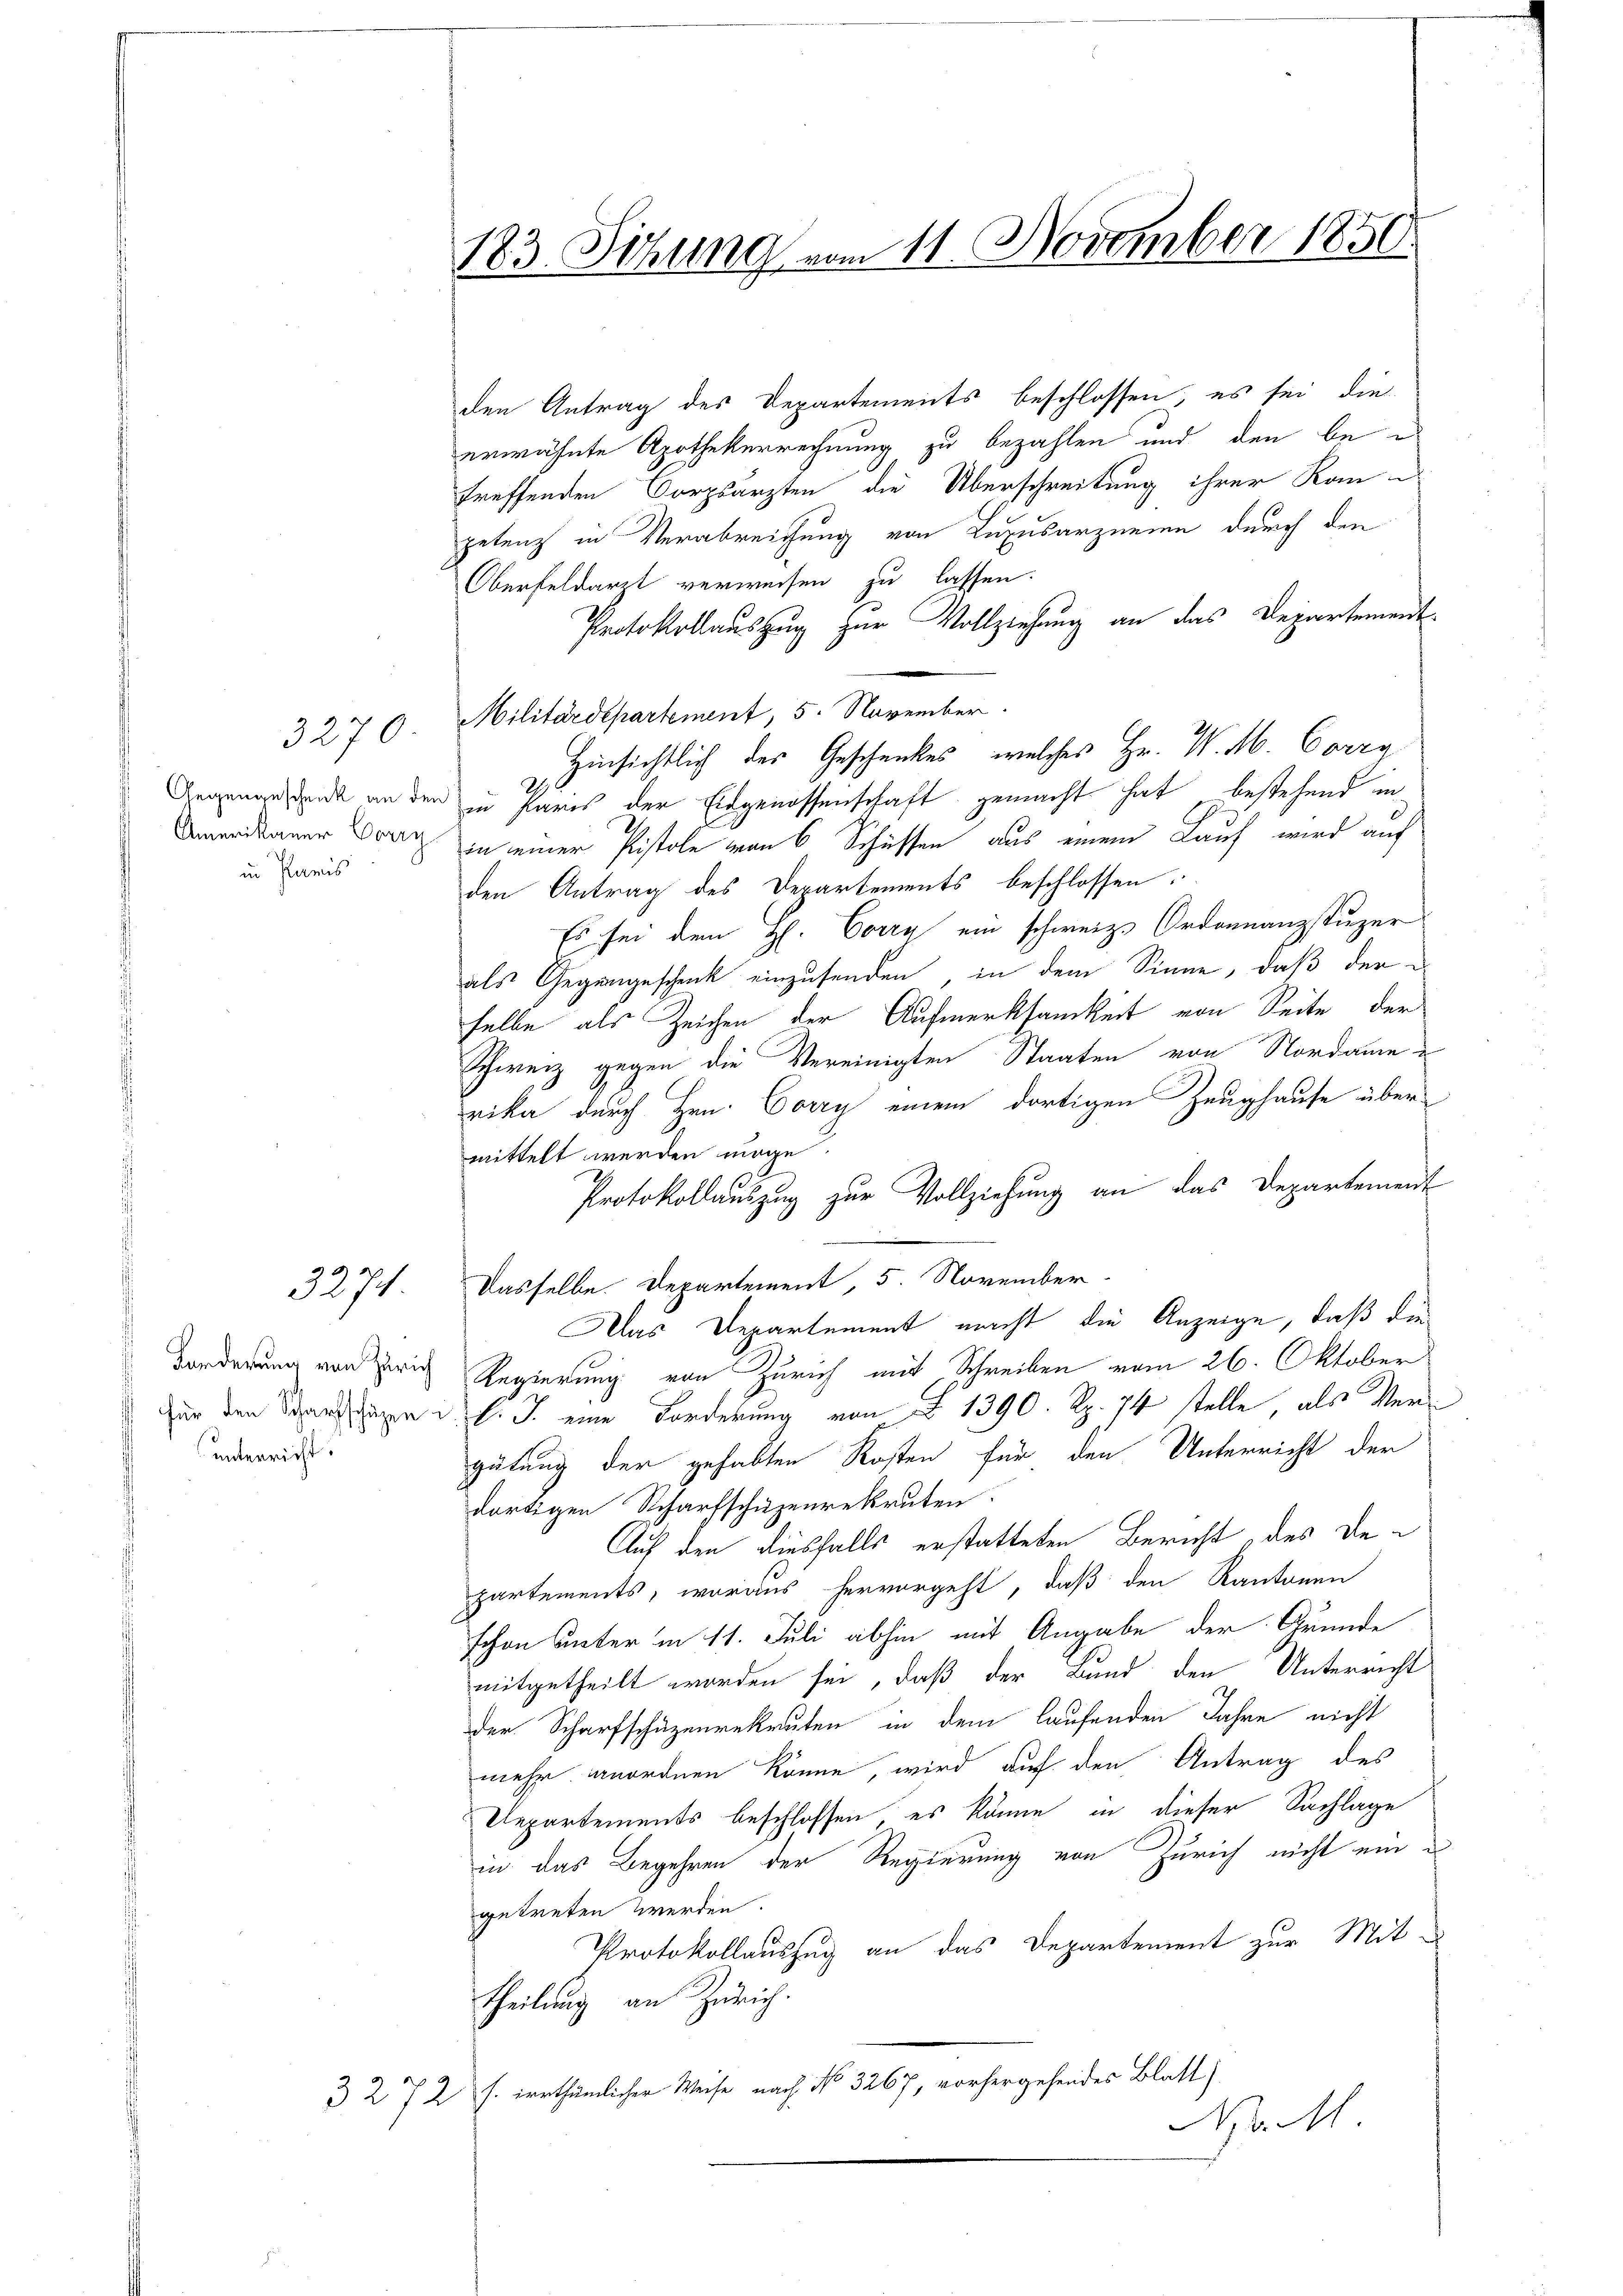
3270.
in Paris

3274.

Forderung von Zürich
unterricht.

den Antrag des Departements beschlossen, es sei die
erwähnte Apothekerrechnung zu bezahlen und den bee
treffenden Corpsärzten die Überschreitung ihrer Kanpetenz in Verabreichung von Luxusarzneie durch den
Oberfeldarzt verweisen zu lassen.
Protokollauszug zur Vollziehung an das Departement-
Militärdepartement, 5. November.
Hinsichtlich des Geschenkes, welches Hr. W. M. Corry
Gegengesank an den in Paris der Eidgenossenschaft gemacht hat bestehend in
Amandauer Dorn in einer Pistole von 6 Schüssen aus einem Lauf wird auf
den Antrag des Departements beschlossen.
Es sei dem H. Corre ein schweiz. Ordonnanzstuzer
als Gegengeschenk einzusenden, in dem Sinne, daß der
selbe als Zeichen der Aufmerksamkeit von Seite der
Schweiz gegen die Vereinigten Staaten von Nordame
rika durch Hrn. Corry einem dortigen Zeughause übermittelt werden möge.
Protokollauszug zur Vollziehung an das Departement
Dasselbe. Departement, 5. November-
Das Departement macht die Anzeige, daß die
Regierung von Zürich mit Schreiben vom 26. Oktober
ur den Saanen d. J. eine Forderung von § 1390. Rp. 74 stelle, als Vergütung der gehabten Kosten für den Unterricht der
dortigen Scharfschüzenrekruten.
Auf den diesfalls erstatteten Bericht des Departements, woraus hervorgeht, daß den Kantonen
schon unter in 11. Juli abhin mit Angabe der Grunde
mitgetheilt worden sei, daß der Bund den Unterricht
der Scharfschäzenrekruten in dem laufenden Jahre nicht
mehr anordnen könne, wird auf den Antrag des
Departements beschlossen, es könne in dieser Sachlage
in das Begehren der Regierung von Zürich nicht ein
getreten werden.
Protokollauszug an das Departement zur Mit-
theilung an Zürich.
3 272 f. irrthümlicher Weise nach No 3267, vorhergehendes Blatt)
No M

183. Sitzung vom 11. November 1850.